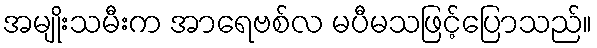
အမျိုးသမီးက အာရေဗစ်လ မပီမသဖြင့်ပြောသည်။